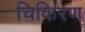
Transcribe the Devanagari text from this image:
चिकिरण